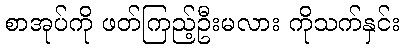
စာအုပ်ကို ဖတ်ကြည့်ဦးမလား ကိုသက်နှင်း